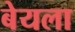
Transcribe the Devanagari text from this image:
बेयला